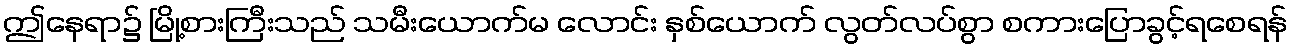
ဤနေရာ၌ မြို့စားကြီးသည် သမီးယောက်မ လောင်း နှစ်ယောက် လွတ်လပ်စွာ စကားပြောခွင့်ရစေရန်